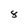
Character: 8